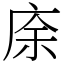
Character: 庩